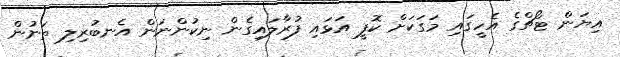
އިޔަން ޓޯޗްގެ އެހީގައި މަގަކަށް ކޮފީ އަޅައި ފުރާލައިގެން ނިކުންނަން އެނބުރިލި ތަނުން